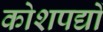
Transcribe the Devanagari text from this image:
कोशपद्यों